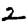
Digit: 2